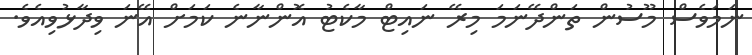
ނަމަވެސް މޫސުން ތަންދޭނަމަ މިރޭ ނައިޓް މާކެޓު އޮންނާނެ ކަމަށް އޭނަ ވިދާޅުވިއެވެ.